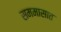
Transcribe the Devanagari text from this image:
सममासात